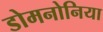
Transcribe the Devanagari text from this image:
डोमनोनिया